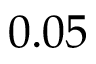
0 . 0 5